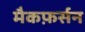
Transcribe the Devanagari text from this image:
मैकफ़र्सन